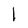
Character: l